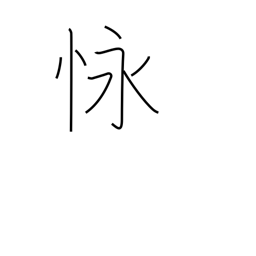
Meaning: endure